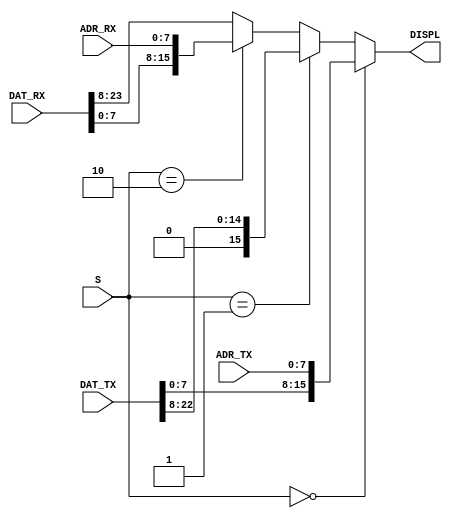
module AR_MUX(input [7:0]  ADR_TX,  output wire [15:0] DISPL,
              input [22:0] DAT_TX, 
              input [7:0]  ADR_RX,
              input [23:0] DAT_RX,
              input [1:0]  S);

  assign DISPL = (S == 2'b00) ? {DAT_TX[7:0], ADR_TX[7:0]} :
                 (S == 2'b01) ? {1'b0, DAT_TX[22:8]} : 
                 (S == 2'b10) ? {DAT_RX[7:0], ADR_RX[7:0]} :
                                {DAT_RX[23:8]};

endmodule